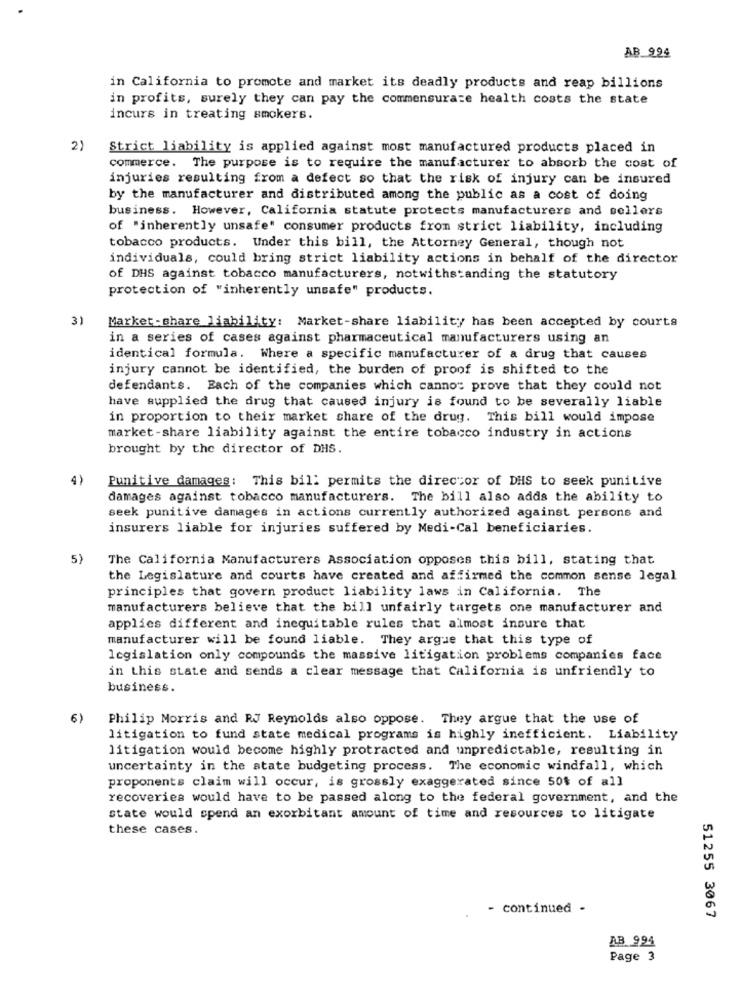
AB 994
in California to promote and market its deadly products and reap billions
in profits, surely they can pay the commensurare health costs the state
incurs in treating smokers.
2)
Strict liability is applied against most manufactured products placed in
commerce. The purpose is to require the manufacturer to absorb the cost of
injuries resulting from a defect so that the risk of injury can be insured
by the manufacturer and distributed among the public as a cost of doing
business. However, California statute protects manufacturers and sellers
of "inherently unsafe" consumer products from strict liability, including
tobacco products. Under this bill, the Attorney General, though not
individuals, could bring strict liability actions in behalf of the director
of DHS against tobacco manufacturers, notwithstanding the statutory
protection of "inherently unsafe" products.
3)
Market-share liability: Market-share liability has been accepted by courts
in a series of cases against pharmaceutical manufacturers using an
identical formula. Where a specific manufacturer of a drug that causes
injury cannot be identified, the burden of proof is shifted to the
defendants. Each of the companies which cannos prove that they could not
have supplied the drug that caused injury is found to be severally liable
in proportion to their market share of the drug. This bill would impose
market -share liability against the entire tobacco industry in actions
brought by the director of DHS.
4)
Punitive damages: This bill permits the director of DHS to seek punitive
damages against tobacco manufacturers. The bill also adds the ability to
seek punitive damages in actions currently authorized against persons and
insurers liable for injuries suffered by Medi-Cal beneficiaries.
5)
The California Manufacturers Association opposes this bill, stating that
the Legislature and courts have created and affirmed the common sense legal
principles that govern product liability laws in California. The
manufacturers believe that the bill unfairly targets one manufacturer and
applies different and inequitable rules that almost insure that
manufacturer will be found liable. They argue that this type of
legislation only compounds the massive litigation problems companies face
in this state and sends a clear message that California is unfriendly to
business.
6)
Philip Morris and RJ Reynolds also oppose. They argue that the use of
litigation to fund state medical programs is highly inefficient. Liability
litigation would become highly protracted and unpredictable, resulting in
uncertainty in the state budgeting process. The economic windfall, which
proponents claim will occur, is grossly exaggerated since 50% of all
recoveries would have to be passed along to the federal government, and the
state would spend an exorbitant amount of time and resources to litigate
these cases.
- continued -
51255 3067
AB 994
Page 3